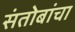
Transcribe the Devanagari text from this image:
संतोबांचा